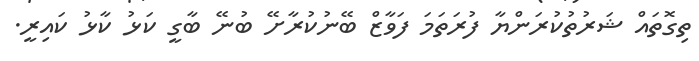
ތިގޮތައް ޝަރުތުކުރަންޔާ ފުރަތަމަ ފަވާޒް ބޭނުކުރާށޭ ބުނޭ ބާގީ ކަޅު ކާޅު ކައިރީ.